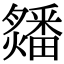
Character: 㸋